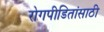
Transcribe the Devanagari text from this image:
रोगपीडितांसाठी